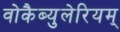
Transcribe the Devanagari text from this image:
वोकैब्युलेरियम्